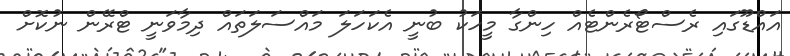
އައްޑޫގައި ރެސްޓޯރެންޓެއް ހިންގާ މީހަކު ބުނީ އެކަހަލަ މައްސަލަތައް ދިމާވަނީ ޓްރޭން ނުކޮށް